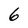
Character: 6